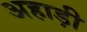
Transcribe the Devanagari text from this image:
अहाड़ी